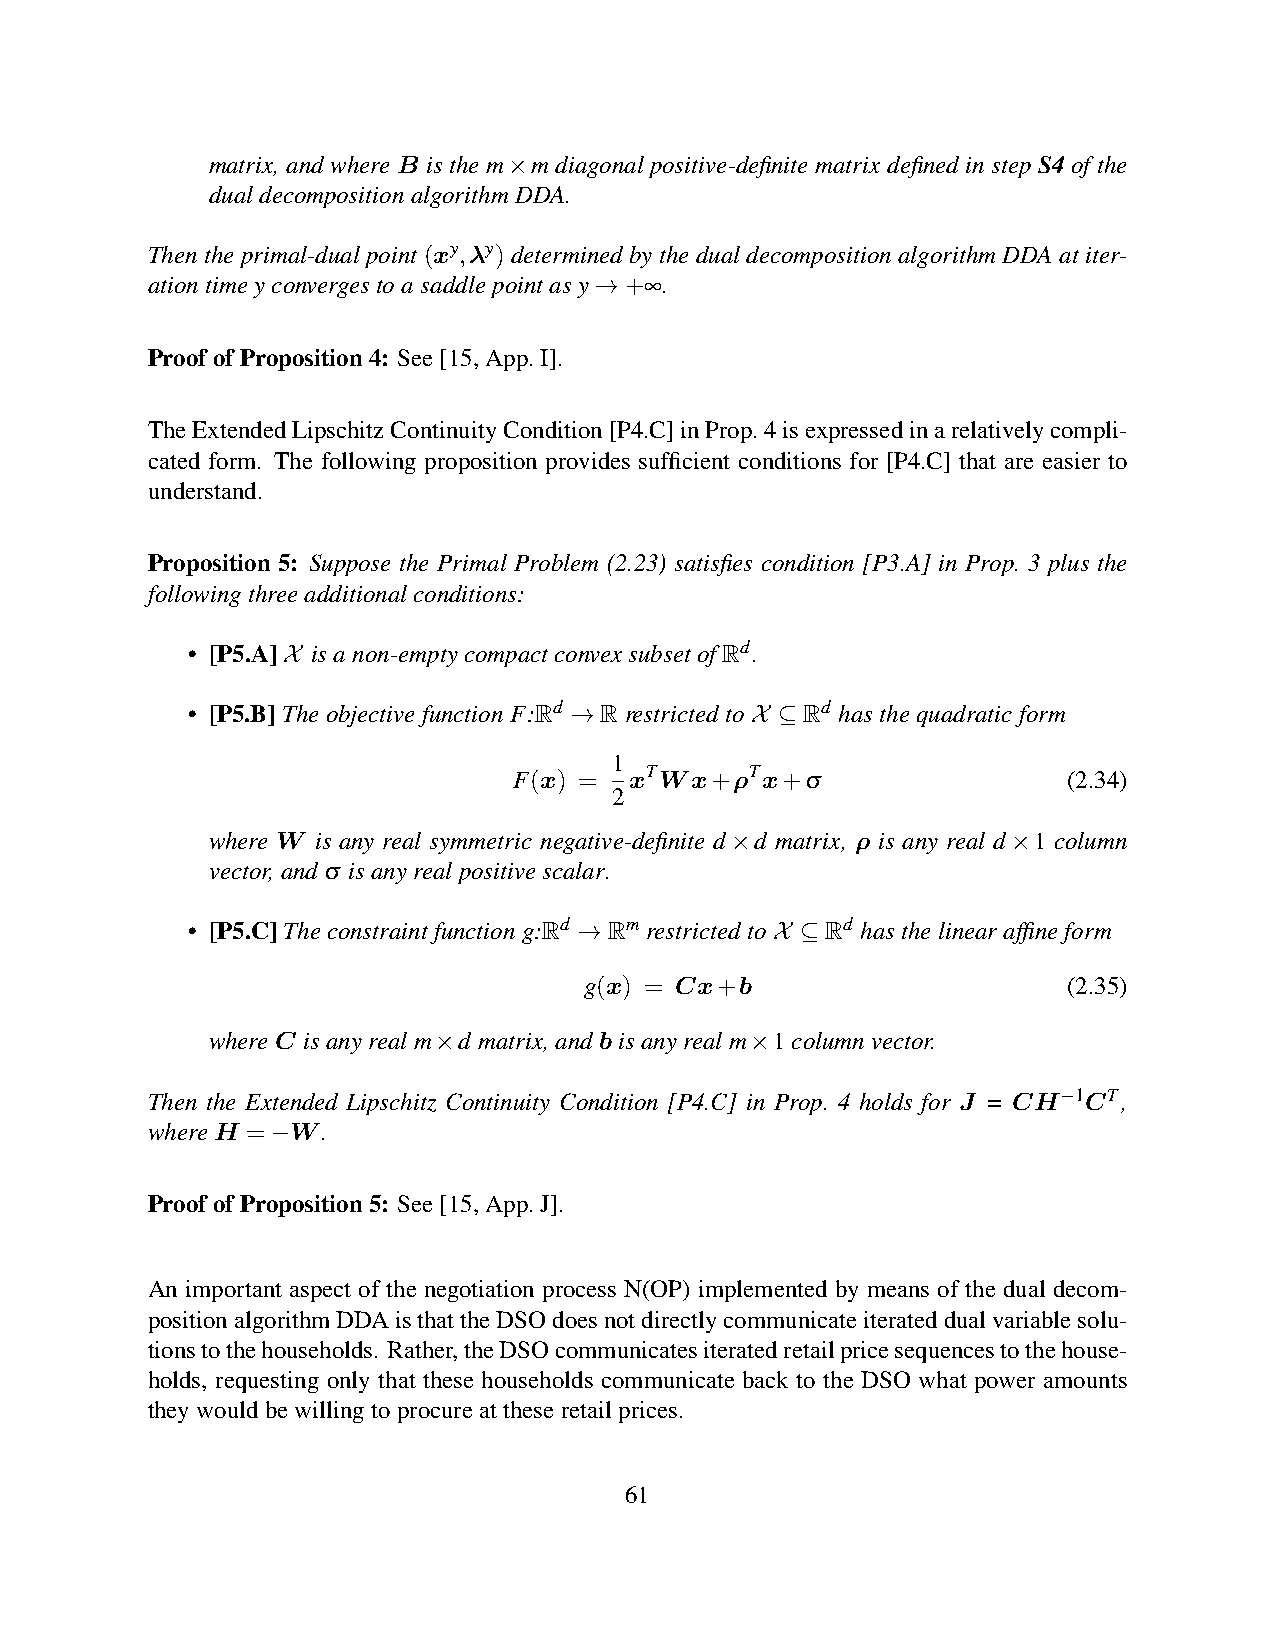
matrix, and where B is the m×m diagonal positive-definite matrix defined in step S4 of the
 dualdecompositionalgorithmDDA.
 Then the primal-dual point (xy,λy) determined by the dual decomposition algorithm DDA at iter-
 ationtimeyconvergestoasaddlepointasy→+∞.
 ProofofProposition4: See[15,App.I].
 TheExtendedLipschitzContinuityCondition[P4.C]inProp.4isexpressedinarelativelycompli-
 cated form. The following proposition provides sufficient conditions for [P4.C] that are easier to
 understand.
 Proposition 5: Suppose the Primal Problem (2.23) satisfies condition [P3.A] in Prop. 3 plus the
 followingthreeadditionalconditions:
 • [P5.A]X isanon-emptycompactconvexsubsetofRd.
 • [P5.B]TheobjectivefunctionF:Rd →RrestrictedtoX ⊆Rd hasthequadraticform
 1
 F(x) =  xTWx+ρTx+σ                   (2.34)
 2
 where W is any real symmetric negative-definite d×d matrix, ρ is any real d×1 column
 vector,andσ isanyrealpositivescalar.
 • [P5.C]Theconstraintfunctiong:Rd →Rm restrictedtoX ⊆Rd hasthelinearaffineform
 g(x) = Cx+b                     (2.35)
 whereC isanyrealm×d matrix,andbisanyrealm×1columnvector.
 Then the Extended Lipschitz Continuity Condition [P4.C] in Prop. 4 holds for J = CH−1CT,
 whereH =−W.
 ProofofProposition5: See[15,App.J].
 An important aspect of the negotiation process N(OP) implemented by means of the dual decom-
 positionalgorithmDDAisthattheDSOdoesnotdirectlycommunicateiterateddualvariablesolu-
 tionstothehouseholds. Rather,theDSOcommunicatesiteratedretailpricesequencestothehouse-
 holds, requesting only that these households communicate back to the DSO what power amounts
 theywouldbewillingtoprocureattheseretailprices.
 61